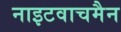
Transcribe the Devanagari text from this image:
नाइटवाचमैन